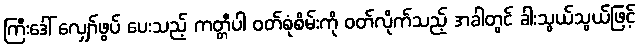
ကြီးဒေါ် လျှော်ဖွပ် ပေးသည့် ကတ္တီပါ ဝတ်စုံစိမ်းကို ဝတ်လိုက်သည့် အခါတွင် ခါးသွယ်သွယ်ဖြင့်